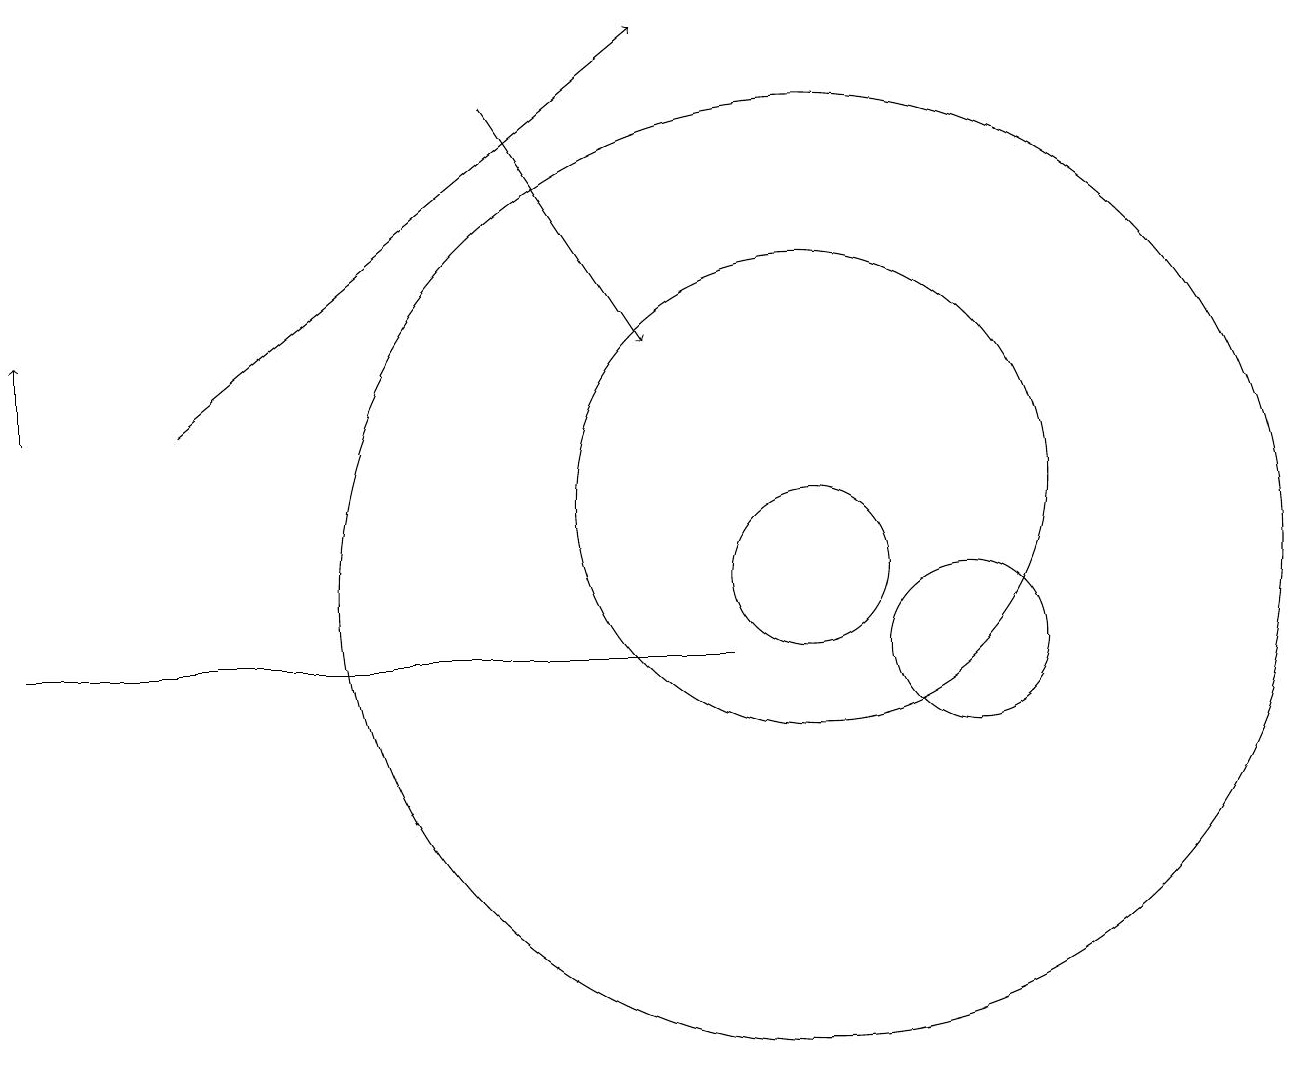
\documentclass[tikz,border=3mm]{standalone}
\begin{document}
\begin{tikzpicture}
\draw (12,10) circle (1);
\draw[->] (2,13) -- (8,18);
\draw[->] (0,13) -- (0,14);
\draw (10,11) circle (1);
\draw (10,11) circle (6);
\draw (10,12) circle (3);
\draw (9,10) rectangle (0,10);
\draw[->] (6,17) -- (8,14);
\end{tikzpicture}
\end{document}